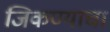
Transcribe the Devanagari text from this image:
जिकण्याचा